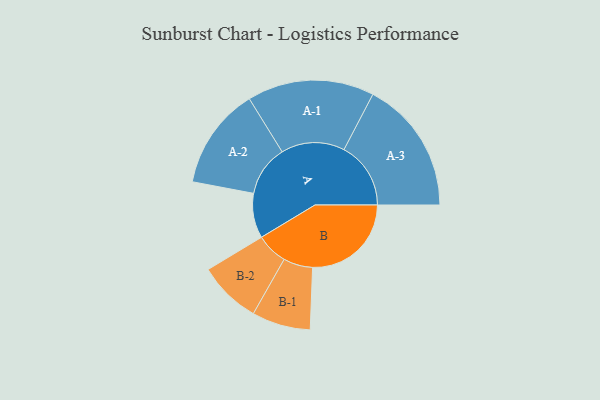
{"axis": {"x": "Segment", "y": "Value"}, "legend": ["", "A", "B"], "data": [{"x": "A", "y": 191, "type": ""}, {"x": "B", "y": 421, "type": ""}, {"x": "A-1", "y": 271, "type": "A"}, {"x": "A-2", "y": 217, "type": "A"}, {"x": "A-3", "y": 285, "type": "A"}, {"x": "B-1", "y": 125, "type": "B"}, {"x": "B-2", "y": 134, "type": "B"}]}